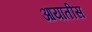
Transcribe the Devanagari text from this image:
आयातीस